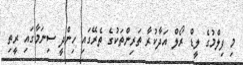
މި ފިލްމުގެ ލީޑް ރޯލް އަދާކުރާ ތަރިންތަކުގެ ތެރޭގައި ހިންދީ ސިނަމާގައި ރީތި